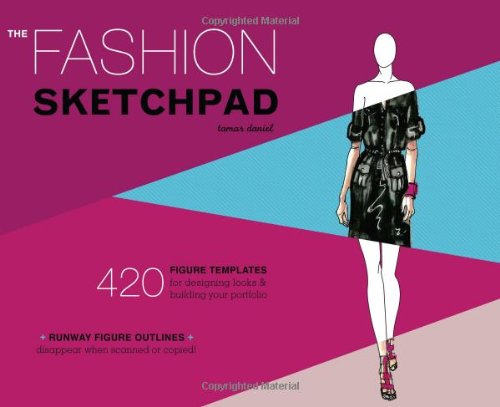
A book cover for The Fashion Sketchpad: 420 Figure Templates for Designing Looks and Building Your Portfolio; Tamar Daniel; Crafts, Hobbies & Home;